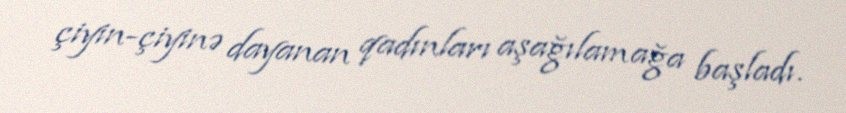
çiyin-çiyinə dayanan qadınları aşağılamağa başladı.